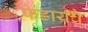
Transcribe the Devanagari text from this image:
फेडायचे